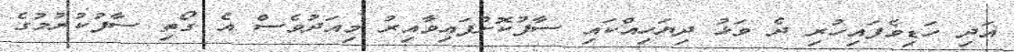
އަދި ހަޑިވެފައިހުރި ދެ ވަޅު ދިޔަހިއްކައި ސާފުކޮށްފައިވާއިރު މިއަދުވެސް އެ ގޯތި ސާފުކުރުމުގެ